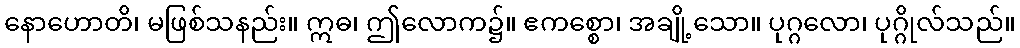
နောဟောတိ၊ မဖြစ်သနည်း။ ဣဓ၊ ဤလောက၌။ ဧကစ္စော၊ အချို့သော။ ပုဂ္ဂလော၊ ပုဂ္ဂိုလ်သည်။